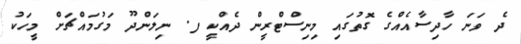
ދެ ވަނަ ހާދިސާއެއްގެ ގޮތުގައި މިނިސްޓްރީން ދެއްކީ ފ. ނިލަންދޫ މަގުމައްޗަށް މީހަކު